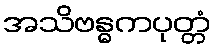
အသိဗန္ဓကပုတ္တံ